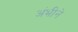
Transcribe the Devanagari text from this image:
अंभीने